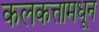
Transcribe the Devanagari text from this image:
कलकत्तामधून